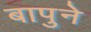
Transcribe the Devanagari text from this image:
बापुने